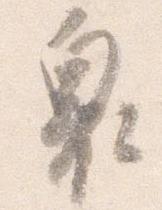
奥